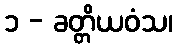
၁ - ခတ္တိယဝံသ၊